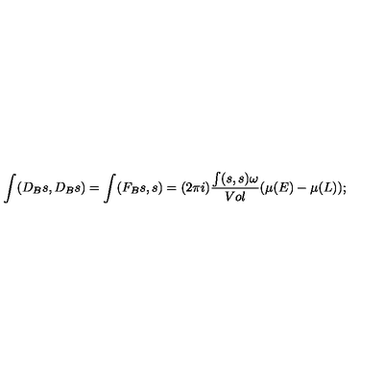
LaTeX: \int ( D _ { B } s , D _ { B } s ) = \int ( F _ { B } s , s ) = ( 2 \pi i ) \frac { \int ( s , s ) \omega } { V o l } ( \mu ( E ) - \mu ( L ) ) ;